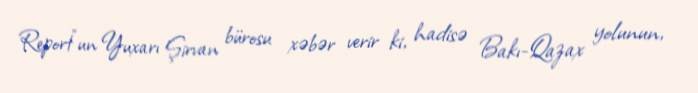
Report"un Yuxarı Şirvan bürosu xəbər verir ki, hadisə Bakı-Qazax yolunun,